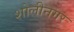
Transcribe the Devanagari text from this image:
शोलीनगर